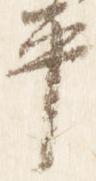
平